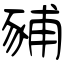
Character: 豧